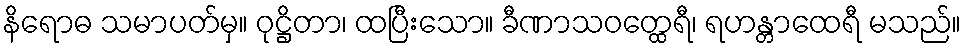
နိရောဓ သမာပတ်မှ။ ဝုဋ္ဌိတာ၊ ထပြီးသော။ ခီဏာသဝတ္ထေရီ၊ ရဟန္တာထေရီ မသည်။